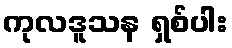
ကုလဒူသန ရှစ်ပါး